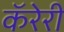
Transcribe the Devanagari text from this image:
कॅरेरी